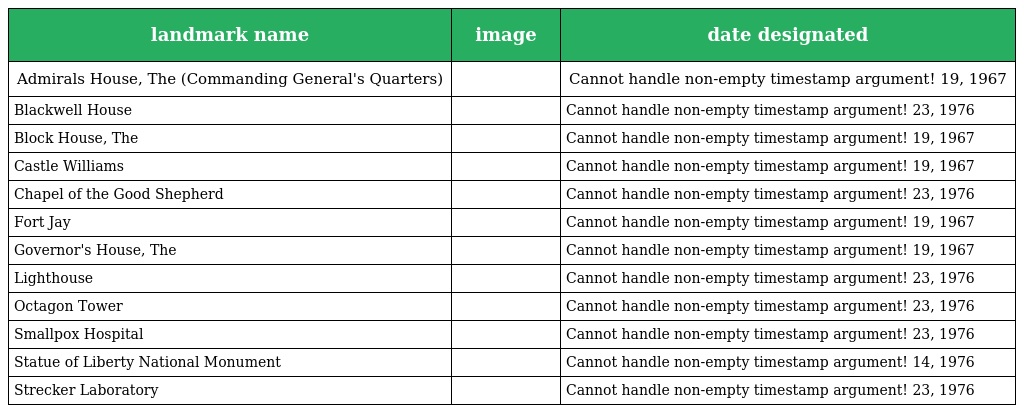
| landmark name | image | date designated |
 | --- | --- | --- |
 | Admirals House, The (Commanding General's Quarters) |  | Cannot handle non-empty timestamp argument! 19, 1967 |
 | Blackwell House |  | Cannot handle non-empty timestamp argument! 23, 1976 |
 | Block House, The |  | Cannot handle non-empty timestamp argument! 19, 1967 |
 | Castle Williams |  | Cannot handle non-empty timestamp argument! 19, 1967 |
 | Chapel of the Good Shepherd |  | Cannot handle non-empty timestamp argument! 23, 1976 |
 | Fort Jay |  | Cannot handle non-empty timestamp argument! 19, 1967 |
 | Governor's House, The |  | Cannot handle non-empty timestamp argument! 19, 1967 |
 | Lighthouse |  | Cannot handle non-empty timestamp argument! 23, 1976 |
 | Octagon Tower |  | Cannot handle non-empty timestamp argument! 23, 1976 |
 | Smallpox Hospital |  | Cannot handle non-empty timestamp argument! 23, 1976 |
 | Statue of Liberty National Monument |  | Cannot handle non-empty timestamp argument! 14, 1976 |
 | Strecker Laboratory |  | Cannot handle non-empty timestamp argument! 23, 1976 |